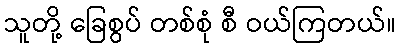
သူတို့ ခြေစွပ် တစ်စုံ စီ ဝယ်ကြတယ်။